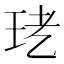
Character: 𤤜